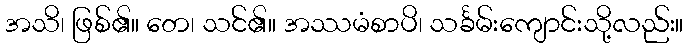
အသိ၊ ဖြစ်၏။ တေ၊ သင်၏။ အဿမံစာပိ၊ သင်္ခမ်းကျောင်းသို့လည်း။